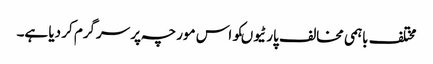
مختلف باہمی مخالف پارٹیوںکو اس مورچہ پر سرگرم کر دیا ہے۔